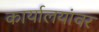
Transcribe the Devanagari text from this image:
कार्यालयांवर